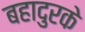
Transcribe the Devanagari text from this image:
बहादुरके